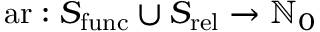
\operatorname { a r } : S _ { \operatorname { f u n c } } \cup S _ { \operatorname { r e l } } \rightarrow \mathbb { N } _ { 0 }